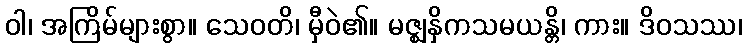
ဝါ၊ အကြိမ်များစွာ။ သေဝတိ၊ မှီဝဲ၏။ မဇ္ဈနှိကသမယန္တိ၊ ကား။ ဒိဝသဿ၊